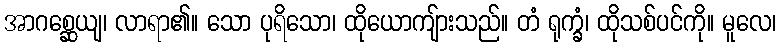
အာဂစ္ဆေယျ၊ လာရာ၏။ သော ပုရိသော၊ ထိုယောကျ်ားသည်။ တံ ရုက္ခံ၊ ထိုသစ်ပင်ကို။ မူလေ၊